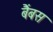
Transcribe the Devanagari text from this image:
बैंबस